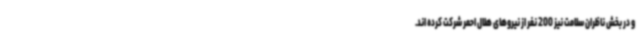
و در بخش ناظران سلامت نیز 200 نفر از نیروهای هلال احمر شرکت کرده اند.